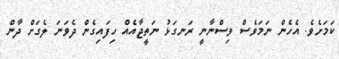
ކަމަށެވެ. އެހެން ނަމަވެސް ވިސްނާނީ ރަނގަޅު ނަތީޖާއެއް ހިފައިގެން ދެވަނަ ލެގަށް ދާން